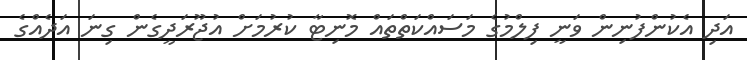
އަދި އެކުންފުނިން ވަނީ ފިލްމުގެ މަސައްކަތްތައް މޮނިޓާ ކުރުމަށް އުޖޫރަދީގެން ގިނަ އަދެއްގެ